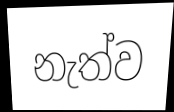
නැත්ව